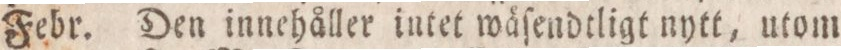
Febr. Den innehåller intet wäſendtligt nytt, utom